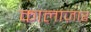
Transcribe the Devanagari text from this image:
कालाज़ार